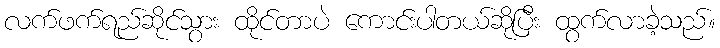
လက်ဖက်ရည်ဆိုင်သွား ထိုင်တာပဲ ကောင်းပါတယ်ဆိုပြီး ထွက်လာခဲ့သည်။